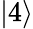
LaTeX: \left\lvert 4\right\rangle